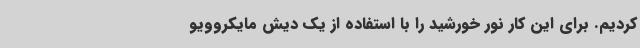
کردیم. برای این کار نور خورشید را با استفاده از یک دیش مایکروویو